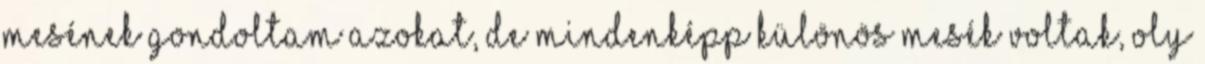
mesének gondoltam azokat, de mindenképp különös mesék voltak, oly